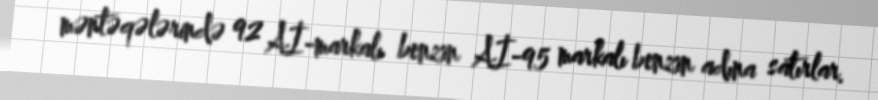
məntəqələrində 92 Aİ-markalı benzin Aİ-95 markalı benzin adına satırlar.